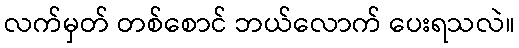
လက်မှတ် တစ်စောင် ဘယ်လောက် ပေးရသလဲ။